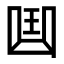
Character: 𠚖